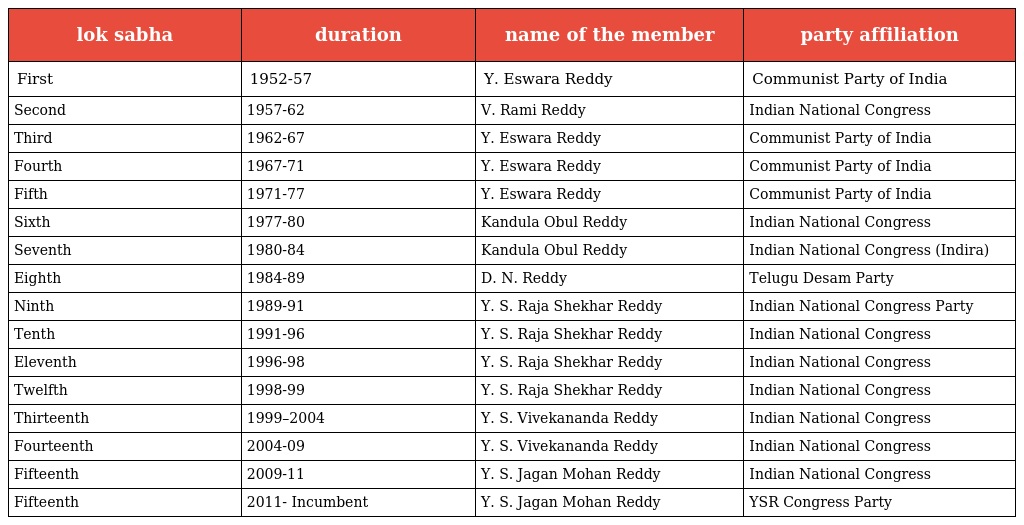
| lok sabha | duration | name of the member | party affiliation |
 | --- | --- | --- | --- |
 | First | 1952-57 | Y. Eswara Reddy | Communist Party of India |
 | Second | 1957-62 | V. Rami Reddy | Indian National Congress |
 | Third | 1962-67 | Y. Eswara Reddy | Communist Party of India |
 | Fourth | 1967-71 | Y. Eswara Reddy | Communist Party of India |
 | Fifth | 1971-77 | Y. Eswara Reddy | Communist Party of India |
 | Sixth | 1977-80 | Kandula Obul Reddy | Indian National Congress |
 | Seventh | 1980-84 | Kandula Obul Reddy | Indian National Congress (Indira) |
 | Eighth | 1984-89 | D. N. Reddy | Telugu Desam Party |
 | Ninth | 1989-91 | Y. S. Raja Shekhar Reddy | Indian National Congress Party |
 | Tenth | 1991-96 | Y. S. Raja Shekhar Reddy | Indian National Congress |
 | Eleventh | 1996-98 | Y. S. Raja Shekhar Reddy | Indian National Congress |
 | Twelfth | 1998-99 | Y. S. Raja Shekhar Reddy | Indian National Congress |
 | Thirteenth | 1999–2004 | Y. S. Vivekananda Reddy | Indian National Congress |
 | Fourteenth | 2004-09 | Y. S. Vivekananda Reddy | Indian National Congress |
 | Fifteenth | 2009-11 | Y. S. Jagan Mohan Reddy | Indian National Congress |
 | Fifteenth | 2011- Incumbent | Y. S. Jagan Mohan Reddy | YSR Congress Party |